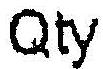
QTY